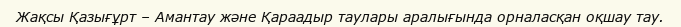
Жақсы Қазығұрт – Амантау және Қараадыр таулары аралығында орналасқан оқшау тау.